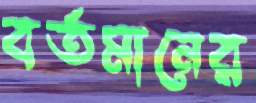
বর্তমানের